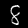
Digit: 8